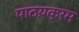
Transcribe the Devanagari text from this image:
पाठय़क्रम